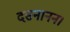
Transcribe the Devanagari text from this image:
दसनानन।